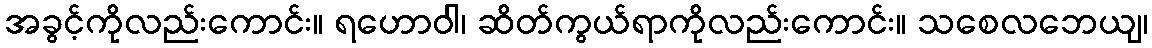
အခွင့်ကိုလည်းကောင်း။ ရဟောဝါ၊ ဆိတ်ကွယ်ရာကိုလည်းကောင်း။ သစေလဘေယျ၊